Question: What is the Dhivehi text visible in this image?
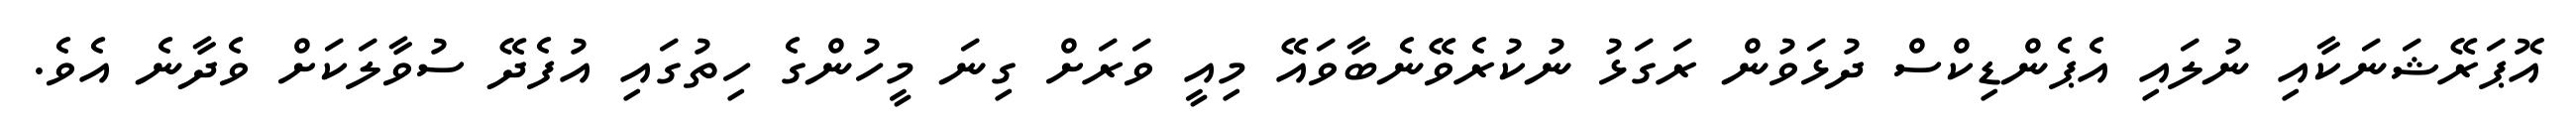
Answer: އޮޕަރޭޝަނަކާއި ނުލައި އެޕެންޑިކްސް ދުޅަވުން ރަގަޅު ނުކުރެވޭނެބާވައޭ މިއީ ވަރަށް ގިނަ މީހުންގެ ހިތުގައި އުފެދޭ ސުވާލަކަށް ވެދާނެ އެވެ.